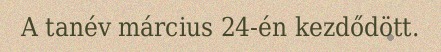
A tanév március 24-én kezdődött.